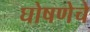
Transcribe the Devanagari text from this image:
घोषणेचे